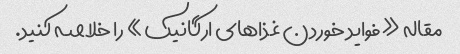
مقاله «فواید خوردن غذاهای ارگانیک» را خلاصه کنید.